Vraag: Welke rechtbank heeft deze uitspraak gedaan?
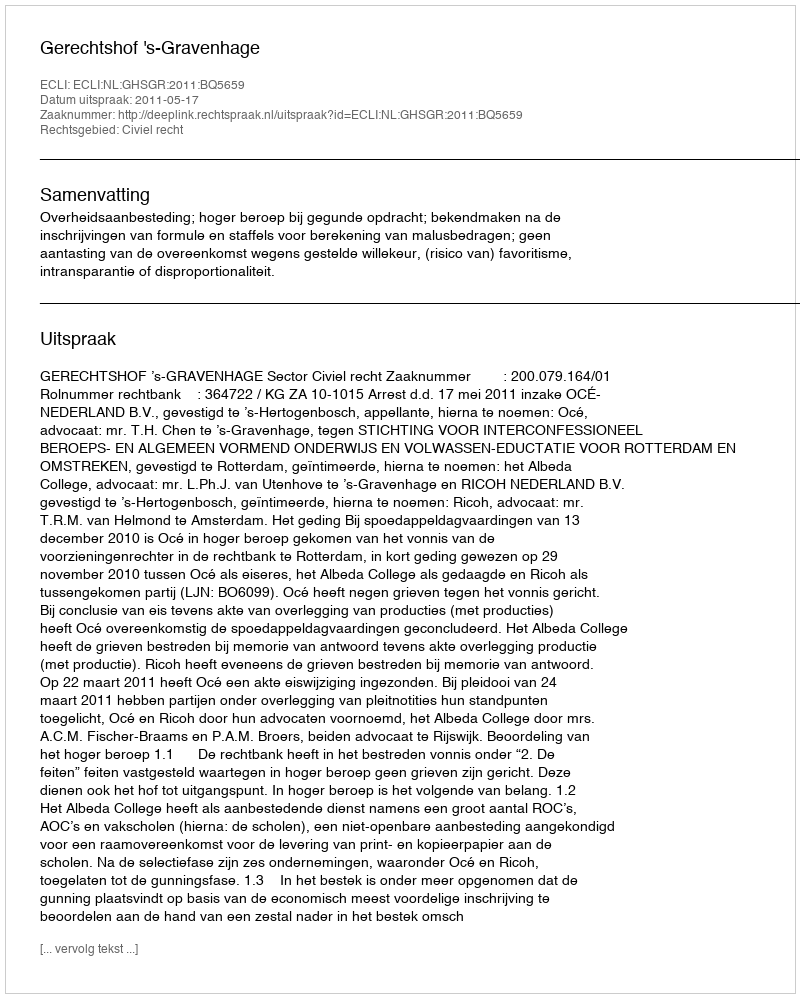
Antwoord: Gerechtshof 's-Gravenhage